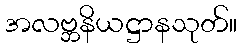
အလဗ္ဘနိယဋ္ဌာနသုတ်။